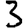
Digit: 3